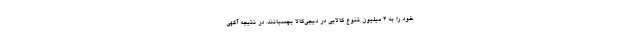
خود را به ۴ میلیون تنوع کالایی در دیجی‌کالا بچسبانند. در نتیجه آگهی